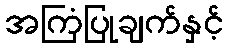
အကြံပြုချက်နှင့်